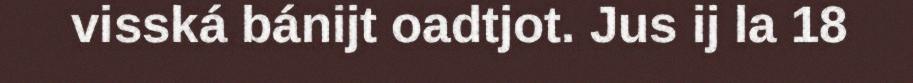
visská bánijt oadtjot. Jus ij la 18